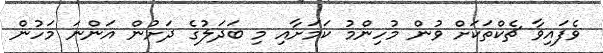
ވެފައިވާ ޗެކްތަކަށް ވުން މުހިންމު ކަމަށާއި މި ބަދަލުގެ ދަށުން އަންނަ މަހުން